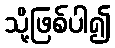
သို့ဖြစ်ပါ၍